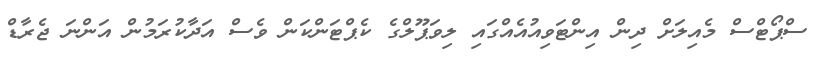
ސްޕޯޓްސް މެއިލަށް ދިން އިންޓަވިއުއެއްގައި ލިވަޕޫލްގެ ކެޕްޓަންކަން ވެސް އަދާކުރަމުން އަންނަ ޖެރާޑް